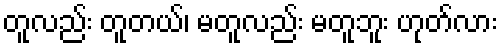
တူလည်း တူတယ်၊ မတူလည်း မတူဘူး ဟုတ်လား